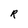
Character: R